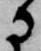
に